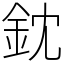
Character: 鈂